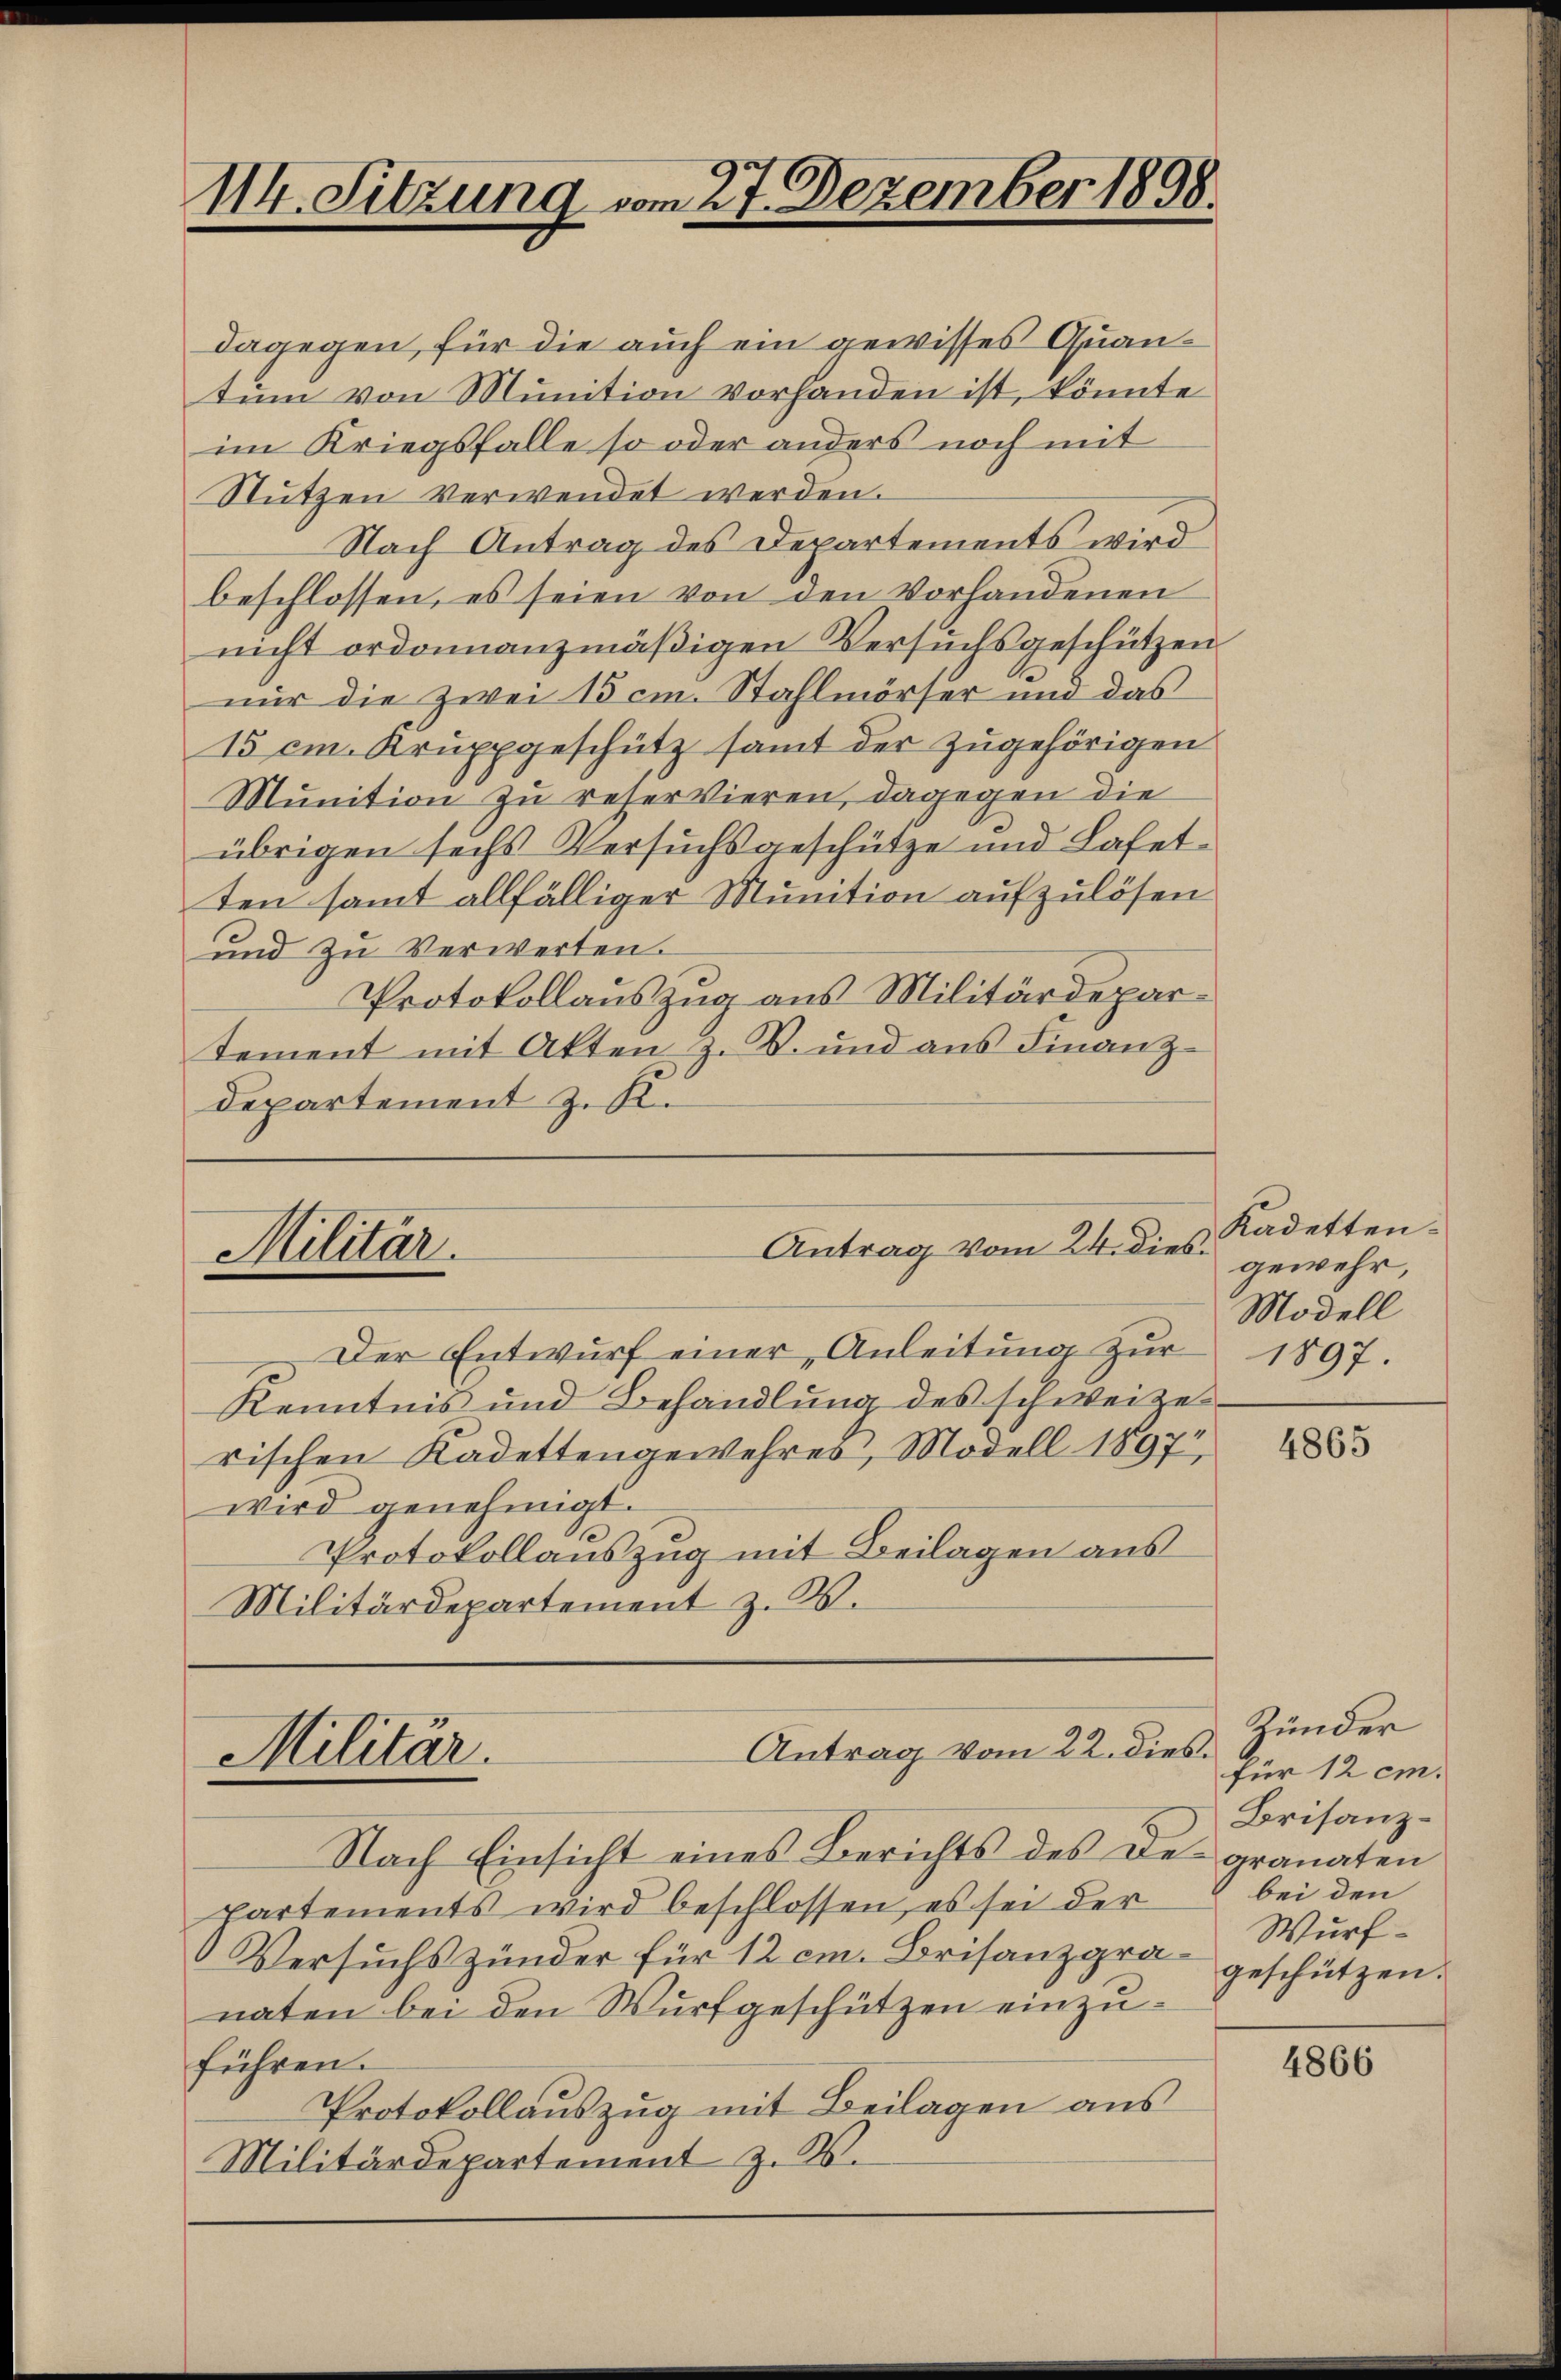
III. Sitzung vom 27. Dezember 1898.

Militär.

Antrag vom 24. dies.

Der Entwŭrf einer Anleitŭng zŭr 1897.
Kenntnis und Behandlŭng des schweize
rischen Kadettengewehres, Modell 1897
wird genehmigt.
Protokollauszug mit Beilagen aus
Militärdepartement z. B.

dagegen, für die auch ein gewisses Quantum von Munition vorhanden ist, könnte
im Kriegsfalle so oder anders noch mit
Nutzen verwendet werden.
Nach Antrag des Departements wird
beschlossen, es seien von den Vorhandenen
nicht ordonnanzmäßigen Versuchsgeschützen
nur die zwei 15 cm. Stahlmörser und das
15 cm. Kruppgeschütz samt der zugehörigen
Munition zu reservieren, dagegen die
übrigen sechs Versuchsgeschütze und Lafetten sammt allfälliger Munition aufzulösen
und zu Verwerten.
Protokollauszug aus Militärdepartement mit Akten z. B. und aus Finanz-
departement z. K.

Antrag vom 22. dies
Militär.

Nach Einsicht eines Berichts des des granaten
Partements wird beschlossen, es sei der
Versuchs Zünder für 12 cm. Brisanzgra- geschützen.
naten bei den Wurfgeschützen einzuführen.
Protokollauszug mit Beilagen aus
Militärdepartement z. W.

Kadetten.
gewehr,
Modell

4865

Zünder
für 12 cm.
Brisanzbei den
Wurf¬

4866